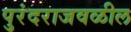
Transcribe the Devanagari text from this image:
पुरंदराजवळील